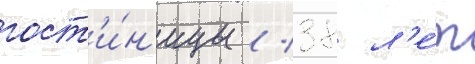
гост'и́н'ицы / 38 л'е́т